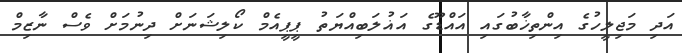
އަދި މަޖިލީހުގެ އިންތިޚާބުގައި އައްޑޫގެ އަޣުލަބިއްޔަތު ޕީޕީއެމް ކޯލިޝަނަށް ދިނުމަށް ވެސް ނާޒިމް